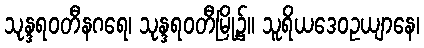
သုန္ဒရဝတီနဂရေ၊ သုန္ဒရဝတီမြို့၌။ သူရိယဒေဝဥယျာနေ၊